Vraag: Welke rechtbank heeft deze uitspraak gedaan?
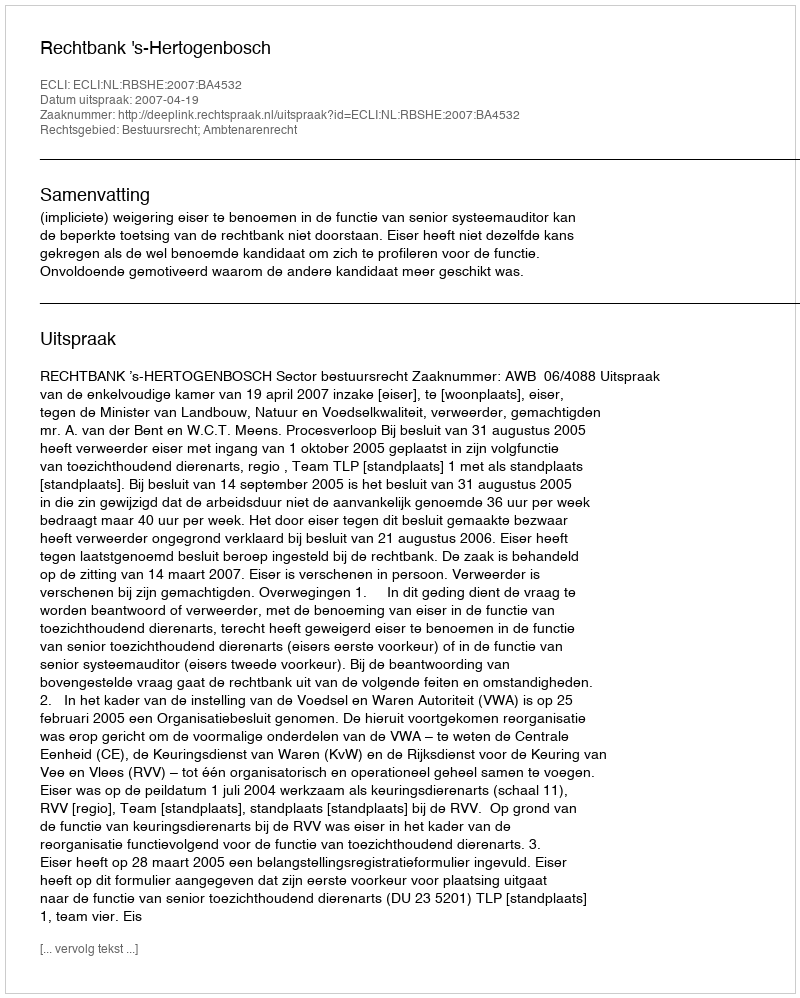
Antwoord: Rechtbank 's-Hertogenbosch